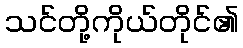
သင်တို့ကိုယ်တိုင်၏